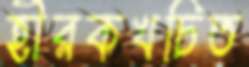
হীরকখচিত